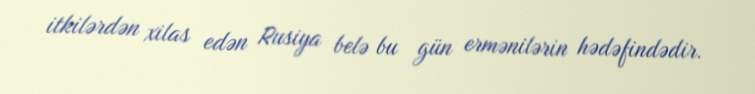
itkilərdən xilas edən Rusiya belə bu gün ermənilərin hədəfindədir.